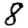
Digit: 8